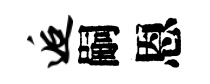
逅嗣恩